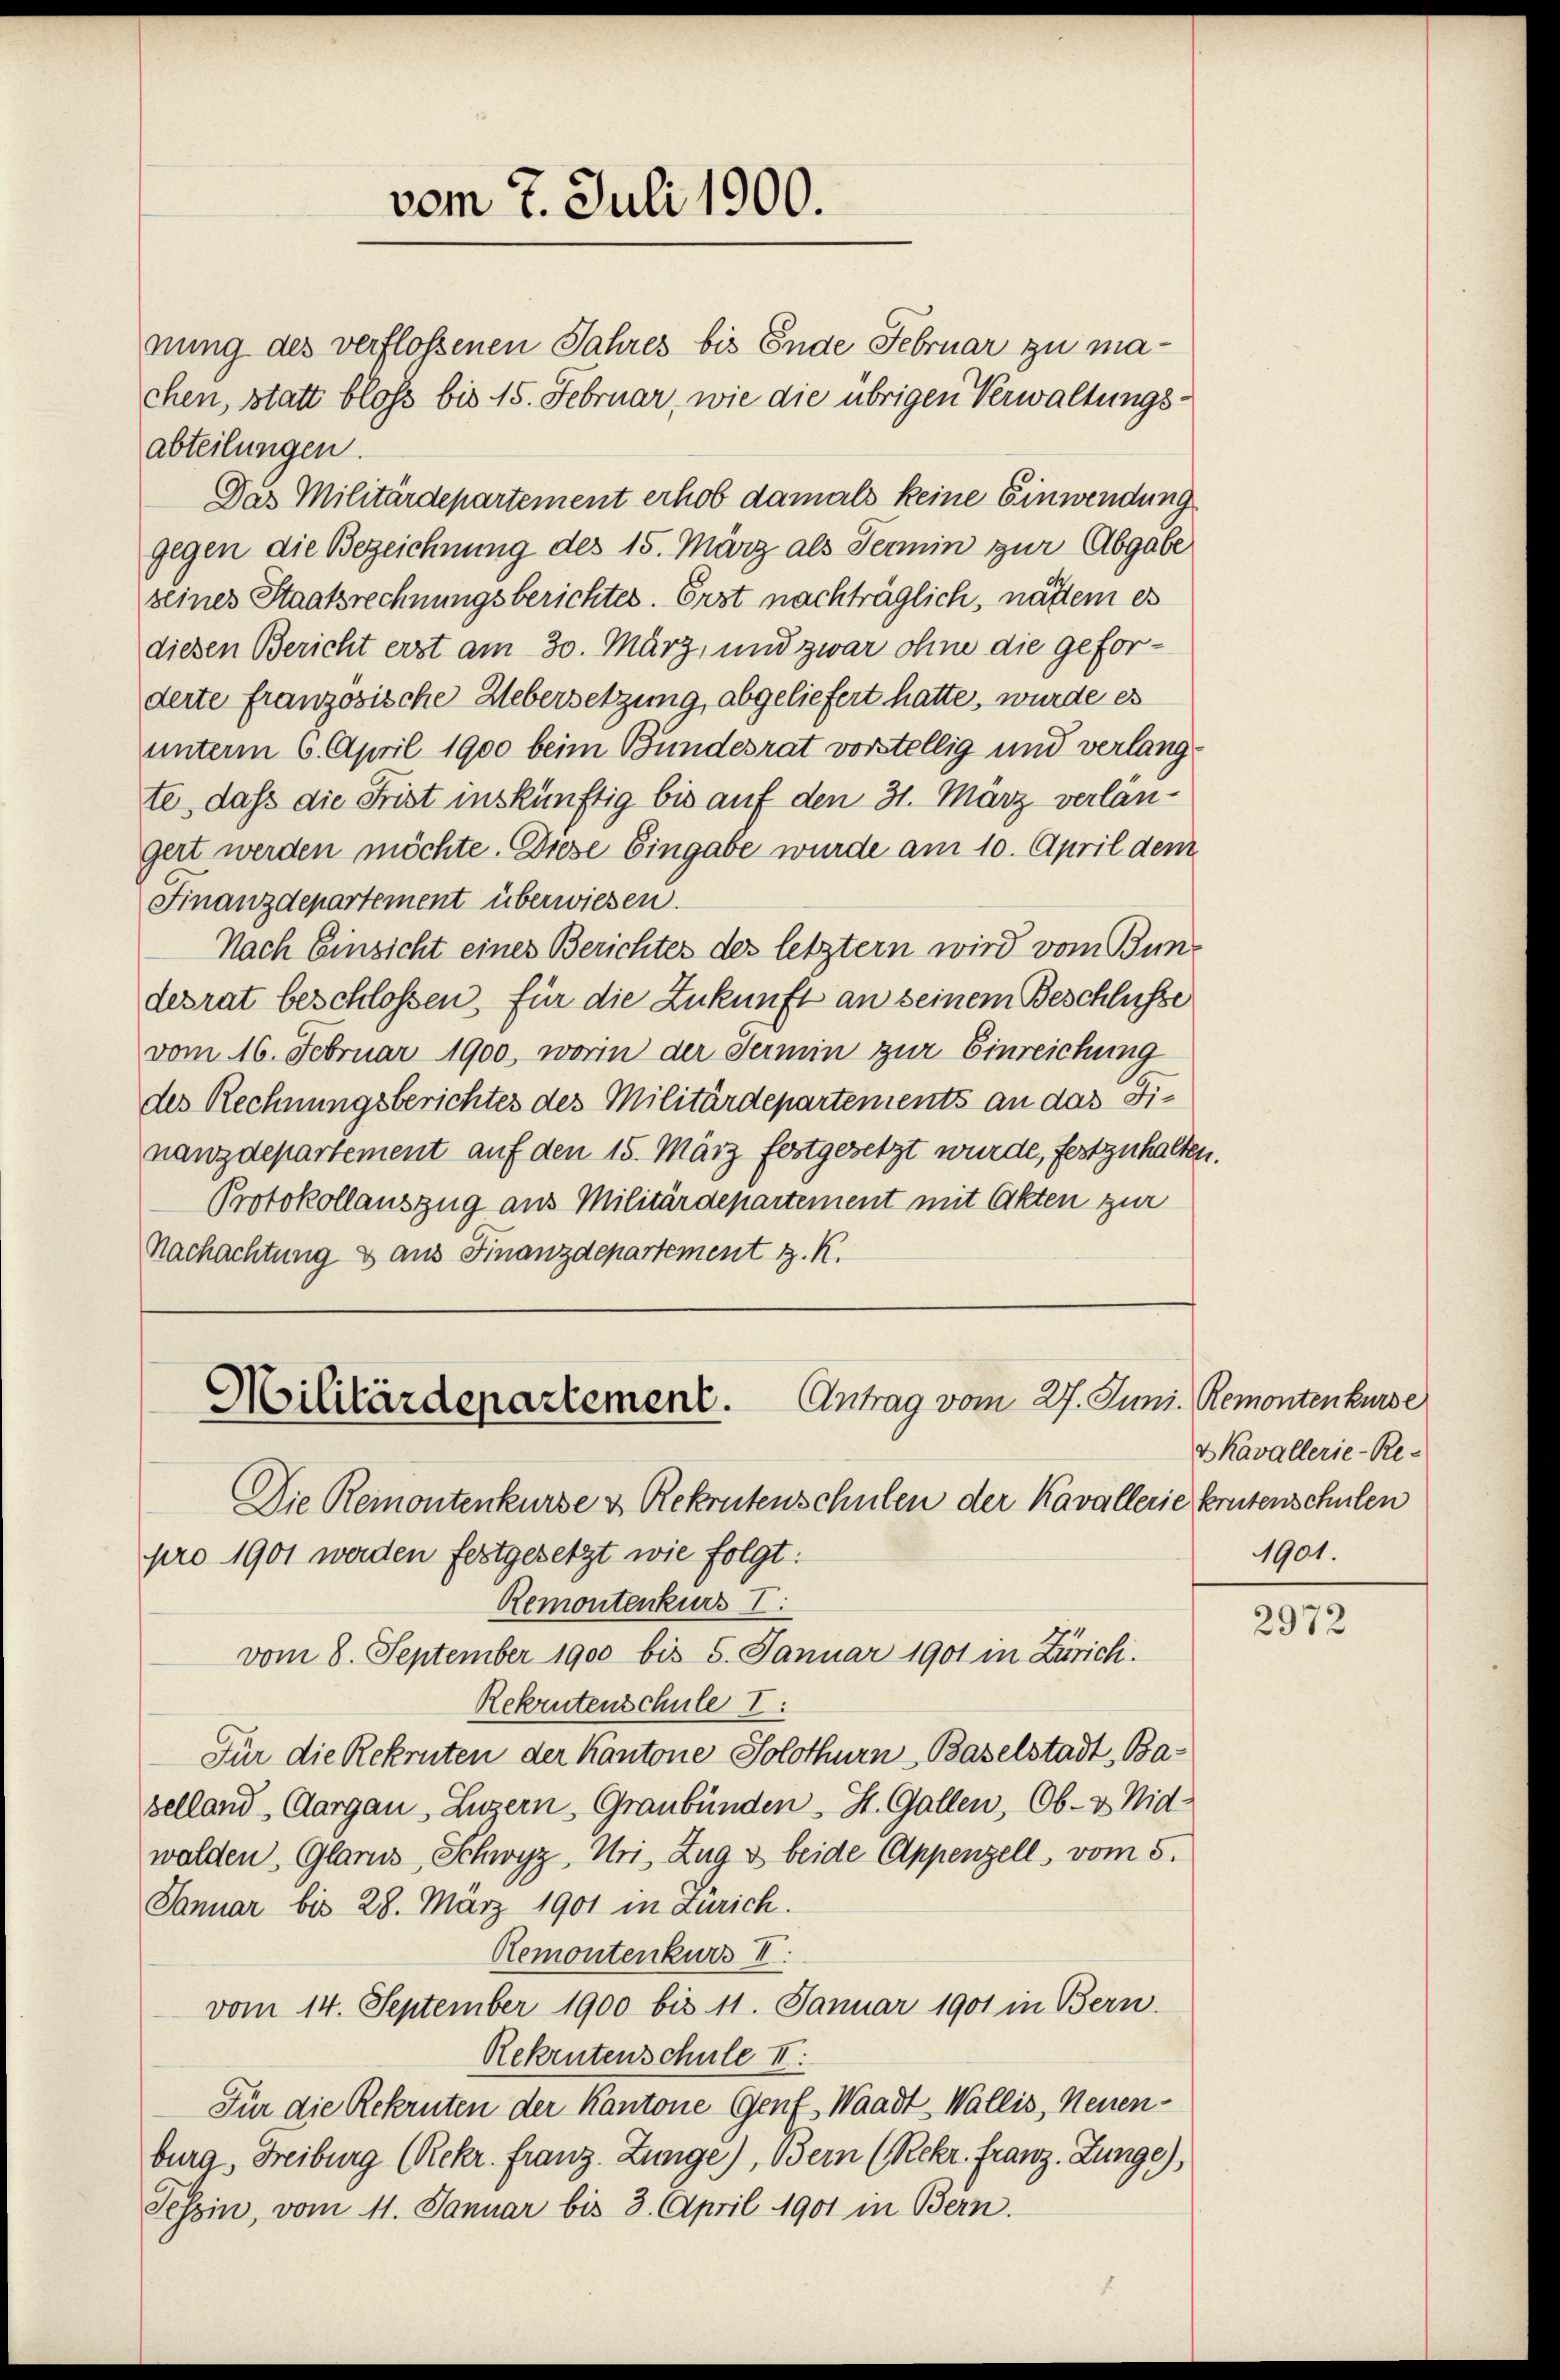
vom 7. Juli 1900.

Antrag vom 27. Juni Remontenkurse
Militärdepartement.

nung des verflossenen Jahres bis Ende Februar zu machen, statt bloss bis 15. Februar, wie die übrigen Verwaltungsabteilungen.
Das Militärdepartement erhob damals keine Einwendung
gegen die Bezeichnung des 15. März als Termin zur Abgabe
seines Staatsrechnungsberichtes. Erst nachträglich, nähtem es
diesen Bericht erst am 30. März, und zwar ohne die geforderte französische Uebersetzung, abgeliefert hatte, wurde es
unterm 6. April 1900 beim Bundesrat vorstellig und verlangte, daß die Frist inskünftig bis auf den 31. März verlängert werden möchte. Diese Eingabe wurde am 10. April dem
Finanzdepartement überwiesen.
Nach Einsicht eines Berichtes des letztem wird vom Bundesrat beschlossen, für die Zukunft an seinem Beschlüsse
vom 16. Februar 1900, worin der Termin zur Einreichung
des Rechnungsberichtes des Militärdepartements an das Finanzdepartement auf den 15. März festgesetzt wurde, festzuhalten.
Protokollauszug aus Militärdepartement mit Akten zur
Nachachtung & aus Finanzdepartement z. K.

Die Remontenkurse & Rekrutenschulen der Kavallerie krutenschulen
pro 1901 werden festgesetzt wie folgt:
Remontenkurs I
vom 8. September 1900 bis 5. Januar 1901 in Zürich.
Rekrutenschule I:
Für die Rekruten der Kantone Solothurn Baselstadt, Baselland Aargau, Luzern, Graubünden - St. Gallen, Ob- & Nid-
walden, Glarus, Schwyz, Uri, Zug & beide Appenzell, vom 5.
Januar bis 28. März 1901 in Zürich.
Remontenkurs II.
vom 14. September 1900 bis 11. Januar 1901 in Bern.
Rekrutenschule II.
Für die Rekruten der Kantone Genf, Waadt-Wallis, Neuenburg, Freiburg (Rekr. Franz. Zunge), Bern (Rekr. Franz Lunge),
Tessin, vom 11. Januar bis 3. April 1901 in Bern.

Skavallerie-Re-
1901.

2972